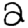
Digit: 2